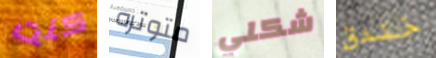
كنت متوتره شكلي خندق